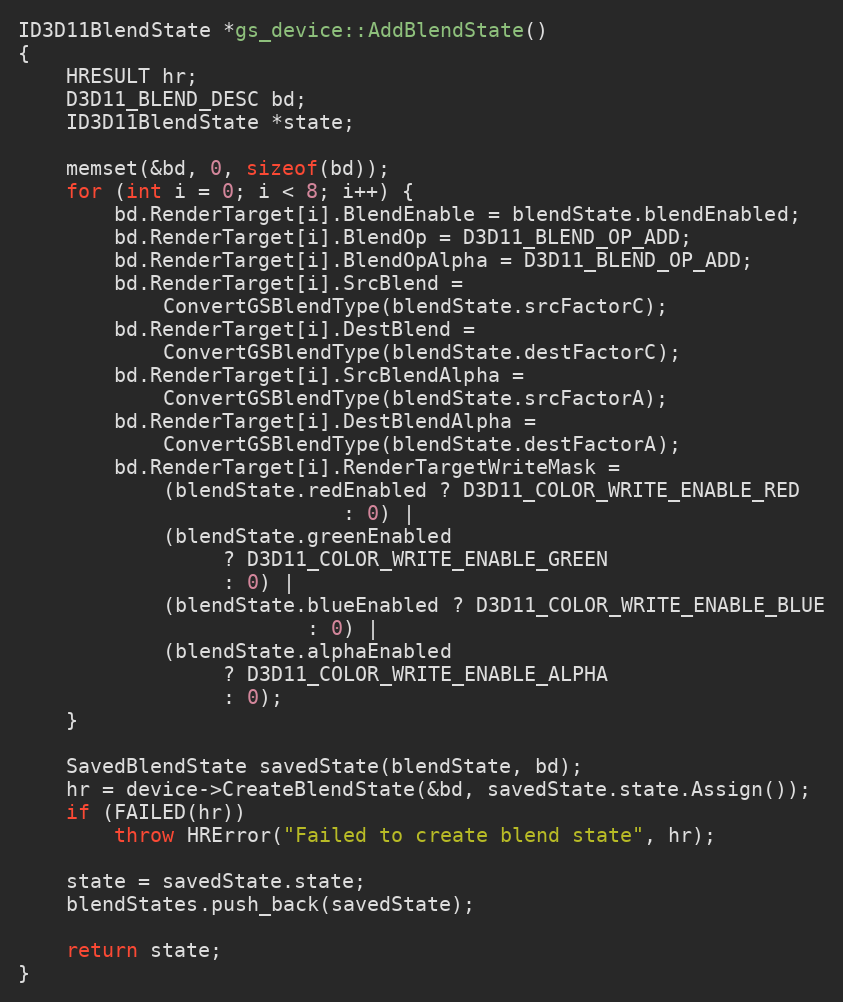
Language: C++
ID3D11BlendState *gs_device::AddBlendState()
{
	HRESULT hr;
	D3D11_BLEND_DESC bd;
	ID3D11BlendState *state;

	memset(&bd, 0, sizeof(bd));
	for (int i = 0; i < 8; i++) {
		bd.RenderTarget[i].BlendEnable = blendState.blendEnabled;
		bd.RenderTarget[i].BlendOp = D3D11_BLEND_OP_ADD;
		bd.RenderTarget[i].BlendOpAlpha = D3D11_BLEND_OP_ADD;
		bd.RenderTarget[i].SrcBlend =
			ConvertGSBlendType(blendState.srcFactorC);
		bd.RenderTarget[i].DestBlend =
			ConvertGSBlendType(blendState.destFactorC);
		bd.RenderTarget[i].SrcBlendAlpha =
			ConvertGSBlendType(blendState.srcFactorA);
		bd.RenderTarget[i].DestBlendAlpha =
			ConvertGSBlendType(blendState.destFactorA);
		bd.RenderTarget[i].RenderTargetWriteMask =
			(blendState.redEnabled ? D3D11_COLOR_WRITE_ENABLE_RED
					       : 0) |
			(blendState.greenEnabled
				 ? D3D11_COLOR_WRITE_ENABLE_GREEN
				 : 0) |
			(blendState.blueEnabled ? D3D11_COLOR_WRITE_ENABLE_BLUE
						: 0) |
			(blendState.alphaEnabled
				 ? D3D11_COLOR_WRITE_ENABLE_ALPHA
				 : 0);
	}

	SavedBlendState savedState(blendState, bd);
	hr = device->CreateBlendState(&bd, savedState.state.Assign());
	if (FAILED(hr))
		throw HRError("Failed to create blend state", hr);

	state = savedState.state;
	blendStates.push_back(savedState);

	return state;
}